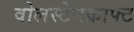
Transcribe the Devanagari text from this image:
वोलस्टेनक्राफ्ट